Statistics compiled by the Government of India from the reports of provincial Civil Veterinary Departments
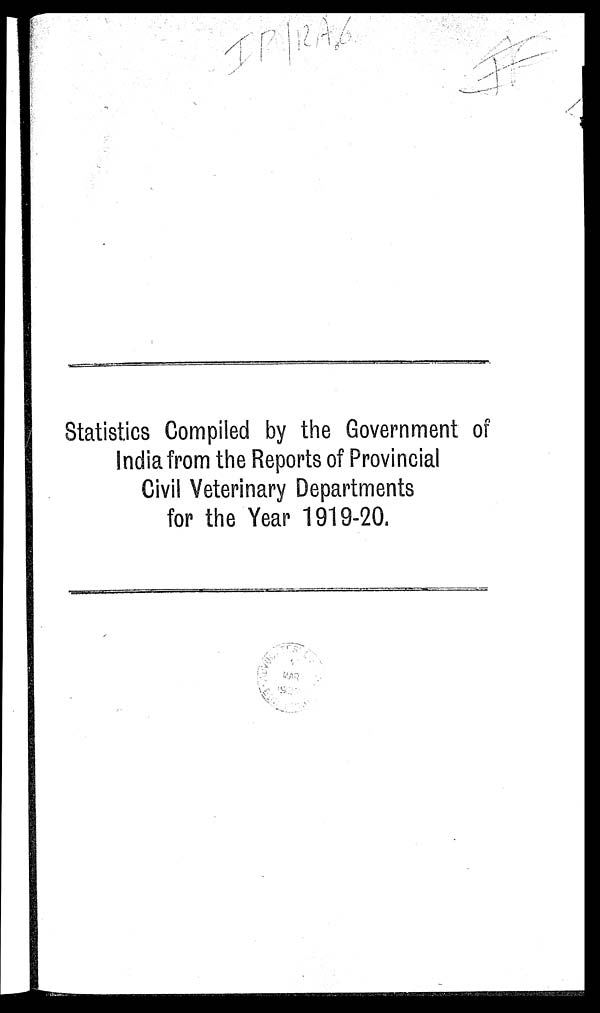
Statistics Compiled by the Government of
India from the Reports of Provincial
Civil Veterinary Departments
for the Year 1919-20.